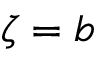
\zeta = b